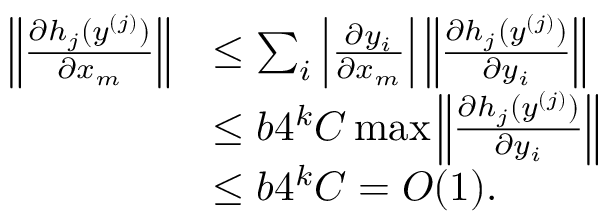
\begin{array} { r l } { \left\lVert \frac { \partial h _ { j } ( y ^ { ( j ) } ) } { \partial x _ { m } } \right\rVert } & { \leq \sum _ { i } \Big | \frac { \partial y _ { i } } { \partial x _ { m } } \Big | \left\lVert \frac { \partial h _ { j } ( y ^ { ( j ) } ) } { \partial y _ { i } } \right\rVert } \\ & { \leq b 4 ^ { k } C \operatorname* { m a x } \left\lVert \frac { \partial h _ { j } ( y ^ { ( j ) } ) } { \partial y _ { i } } \right\rVert } \\ & { \leq b 4 ^ { k } C = O ( 1 ) . } \end{array}